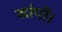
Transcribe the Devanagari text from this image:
सांपों।